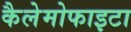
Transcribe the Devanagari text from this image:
कैलेमोफाइटा